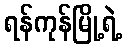
ရန်ကုန်မြို့ရဲ့